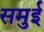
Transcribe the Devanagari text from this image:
समुई